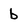
Character: b